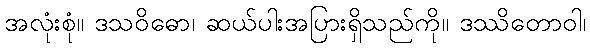
အလုံးစုံ။ ဒသဝိဓော၊ ဆယ်ပါးအပြားရှိသည်ကို။ ဒဿိတောဝါ၊